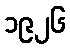
၁၉၂၆